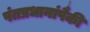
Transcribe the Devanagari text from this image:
पंतप्रधानांपैकी